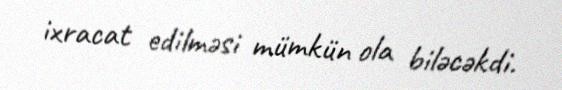
ixracat edilməsi mümkün ola biləcəkdi.